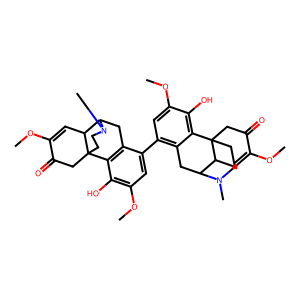
SMILES: COC1=CC2C3Cc4c(-c5cc(OC)c(O)c6c5CC5C7C=C(OC)C(=O)CC67CCN5C)cc(OC)c(O)c4C2(CCN3C)CC1=O
Inhibits HIV replication: No